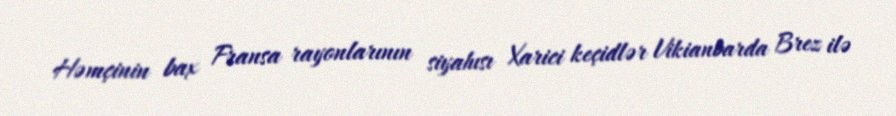
Həmçinin bax Fransa rayonlarının siyahısı Xarici keçidlər Vikianbarda Brez ilə